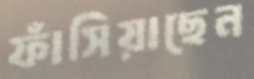
ফাঁসিয়াছেন